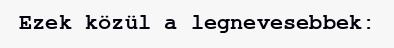
Ezek közül a legnevesebbek: